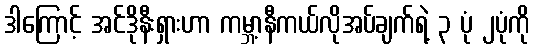
ဒါကြောင့် အင်ဒိုနီးရှားဟာ ကမ္ဘာ့နီကယ်လိုအပ်ချက်ရဲ့ ၃ ပုံ ၂ပုံကို